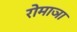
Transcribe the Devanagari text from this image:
रोमाञा